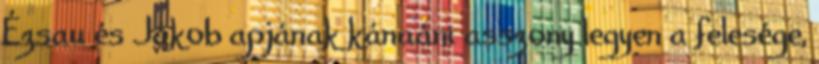
Ézsau és Jákob apjának kánaáni asszony legyen a felesége,